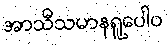
အာသီသမာနရူပေါဝ